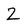
Character: Z